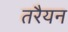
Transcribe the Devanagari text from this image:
तरैयन